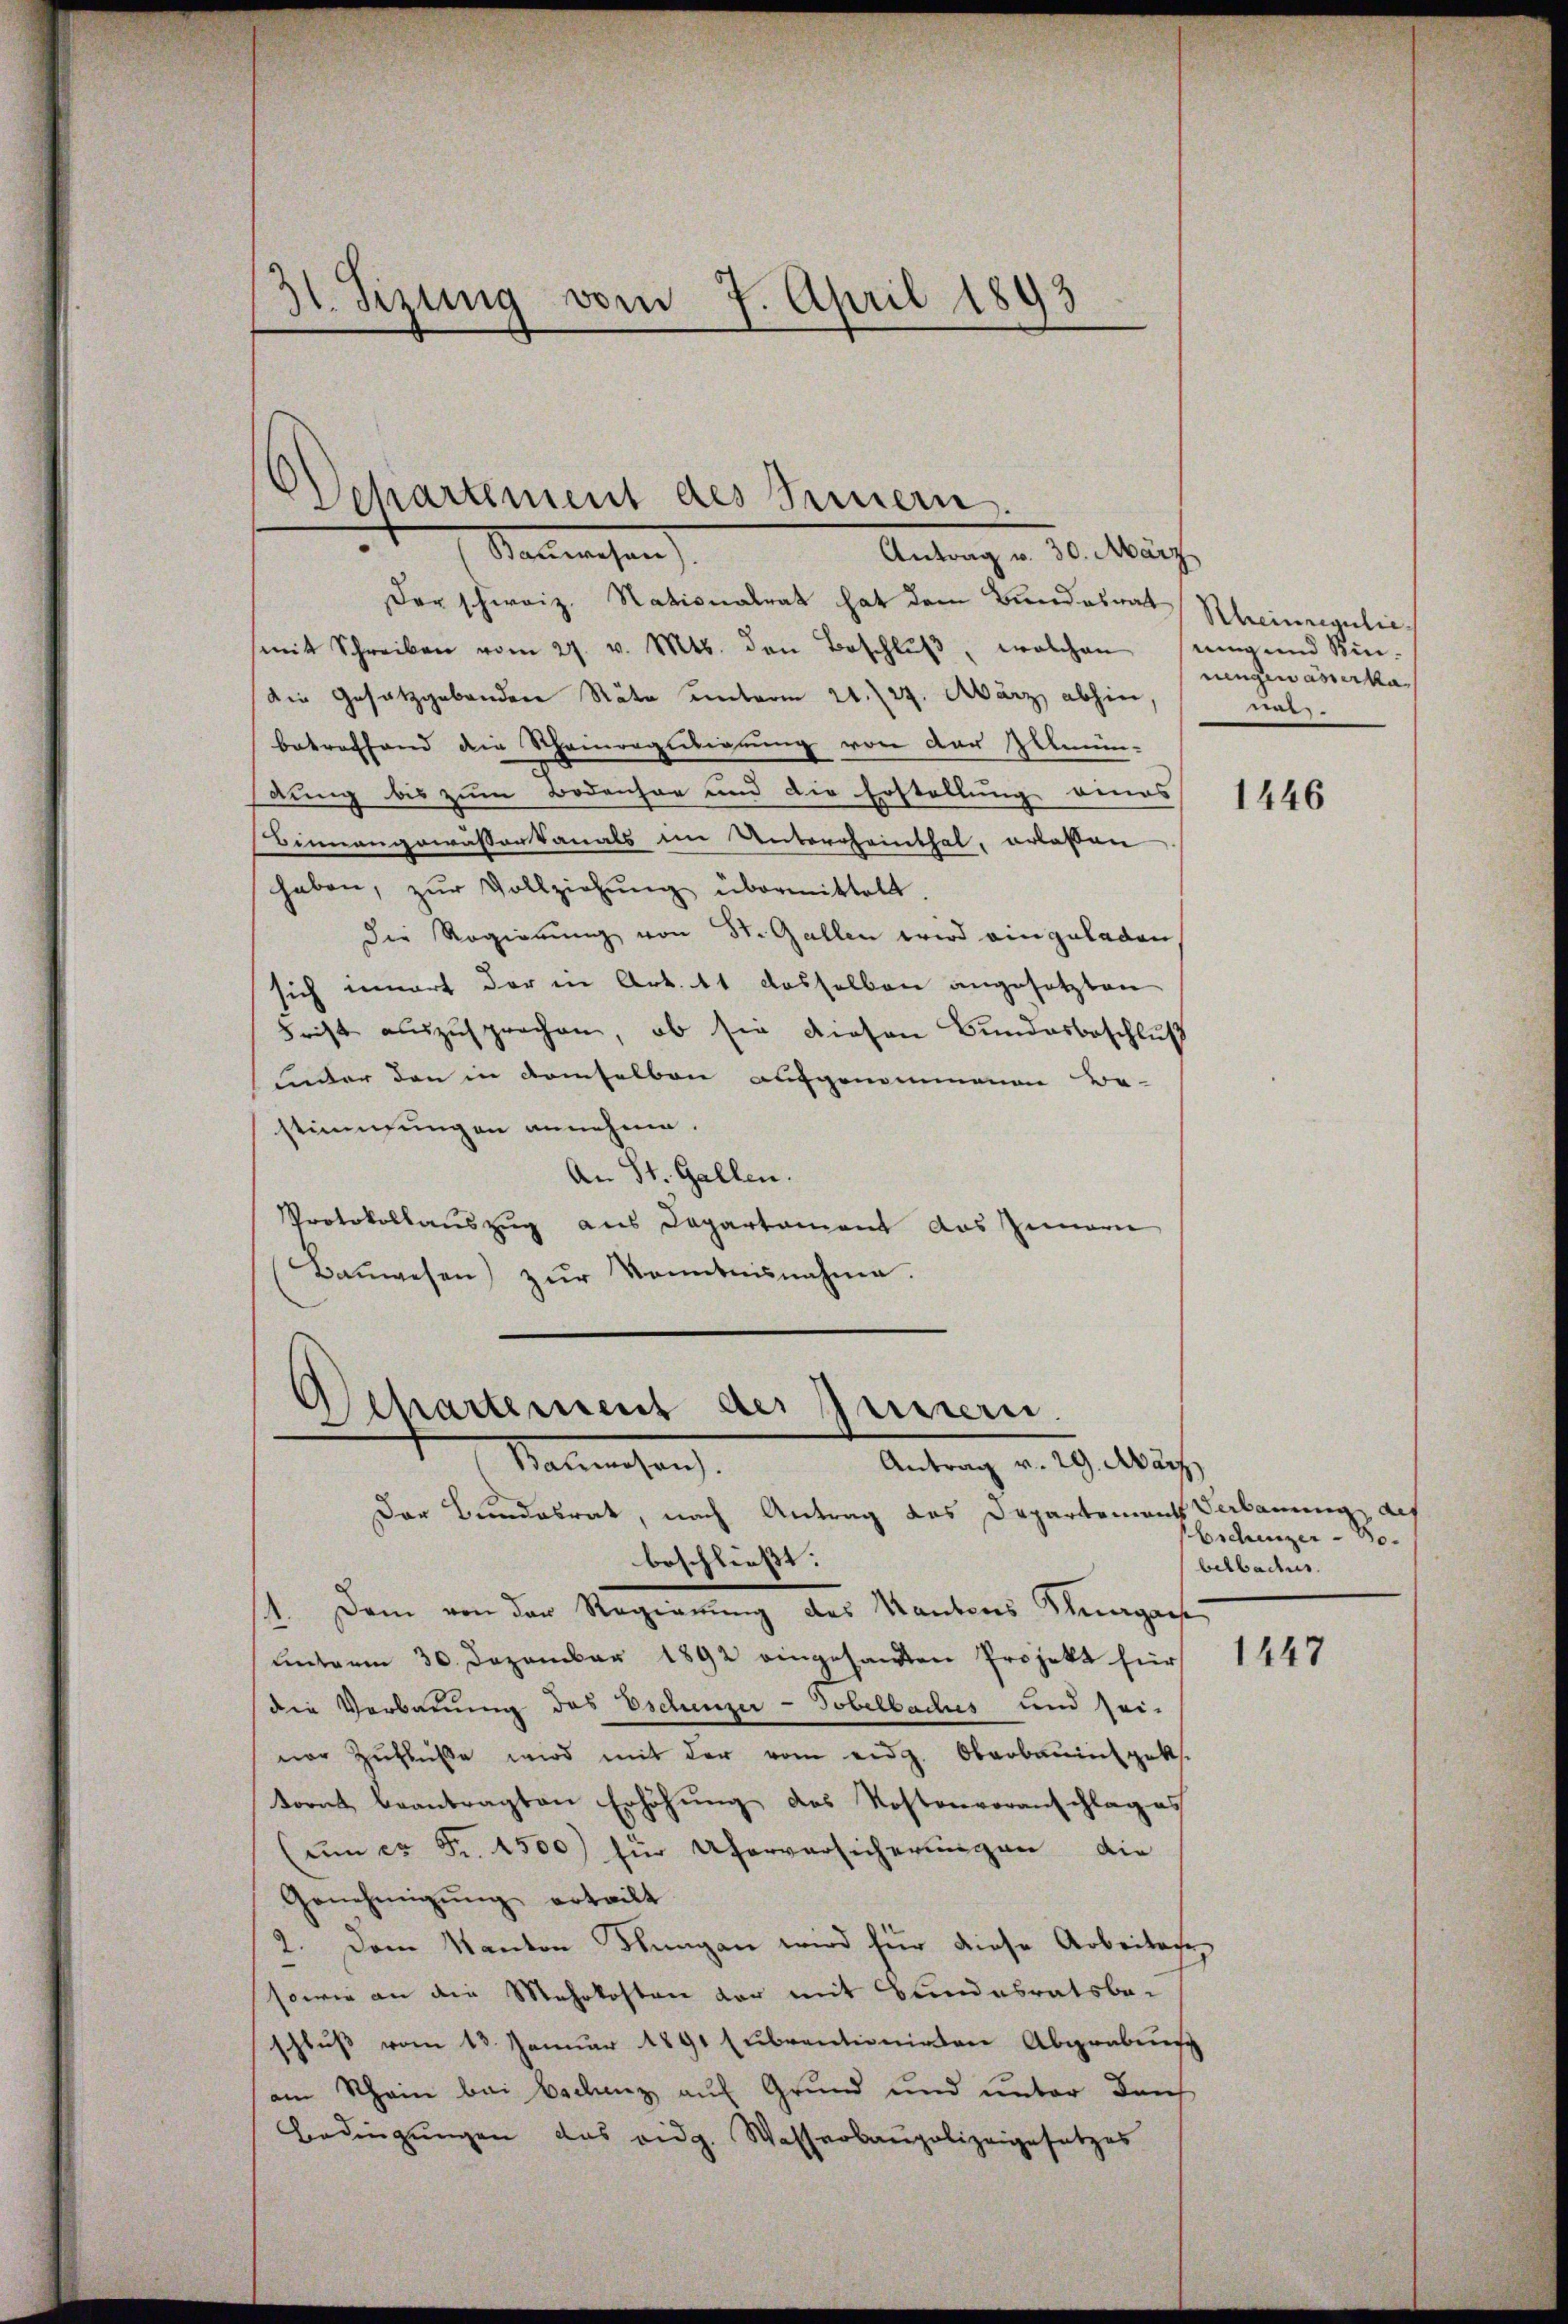
31. Sizung vom 7. April 1893

Der schweiz. Nationalrat hat dem Bundesrat Rheinreguliemit Schreiben vom 27. v. Mts. den Beschlŭβ, welchen ungend Kin-
Die Gesetzgebenden Räte unterm 21. 224. März abhin,
betreffend die Scheinregulierung von der Zelmin-
dung bis zum Bodenher und die Erstellung eines
Binnangewässerkanals im Untercheinthal, erlassen
haben, zŭr Vollziehŭng übermittelt
Die Regierung von St. Gallen wird eingeladen
sich innert der in Art. 11 dasselben angesetzten
Frist auszusprechen, ob sie diesen Bundesbeschluß
inder den in demselben aufgenommenen Be-
stimmungen annehme.
An St. Gallen.
Protokollauszug aus Departament das Innern
Baŭwesen) zŭr Kenntnisnahme.

chartement des Innern,
Kammenhan
Antrag v. 30. März

A
Chartement des Mussern
Antrag v. 29. März
Manchen.

Der Bundesrat, nach Antrag das Departements Verlang des
beschließt:
1. Dem von der Regierung des Kantons Knagach
Lnterm 30. Dezember 1892 eingesandten Projekt für
die Verbauung des Eschenzer-Tobelbaches und sei-
vor Zŭflŭβe wird mit der vom eidg. Oberbauinspeks.
torat beantragten Erhöhung des Kostenvoranschlag es
(um er Fr. 4500) für Uferversicherungen die
Genehmigŭng erteilt
2. Dem Kanton Hungen wird für diese Arbeitese¬
sowie an die Mehrkosten vor mit Bundesratsbeschluß vom 13. Januar 1891 subventionirten Abgrabung
am Schein bei Eschenz auf Grund und unter dans
Bedingungen das eidg. Wasserbaupolizeigesetzes

nengewässerka
wer.

1446

bschenzer  Bobelbactus.

1447